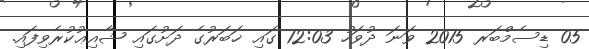
05 ޑިސެމްބަރ 2015 ވަނަ ދުވަހު 12:03 ގައި ޚަބަރުގެ ދަށުގައި ޝާއިޢުކުރެވިފައި.